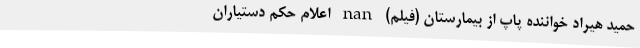
حمید هیراد خواننده پاپ از بیمارستان (فیلم) nan اعلام حکم دستیاران